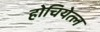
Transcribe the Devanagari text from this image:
होचियेत्ल